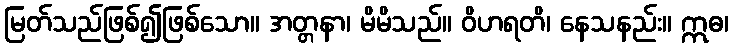
မြတ်သည်ဖြစ်၍ဖြစ်သော။ အတ္တနာ၊ မိမိသည်။ ဝိဟရတိ၊ နေသနည်း။ ဣဓ၊